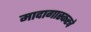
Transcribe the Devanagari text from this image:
मादागास्करचे